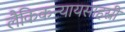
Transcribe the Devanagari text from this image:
लैकिकन्यायसाहस्री